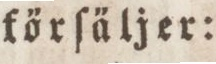
förſäljer: